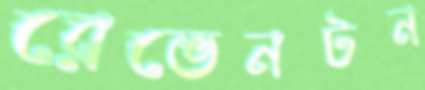
রেভেনটন